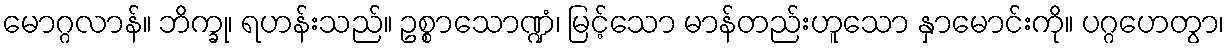
မောဂ္ဂလာန်။ ဘိက္ခု၊ ရဟန်းသည်။ ဥစ္စာသောဏ္ဍံ၊ မြင့်သော မာန်တည်းဟူသော နှာမောင်းကို။ ပဂ္ဂဟေတွာ၊